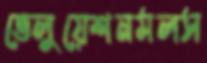
ভেলুয়েশনমলস